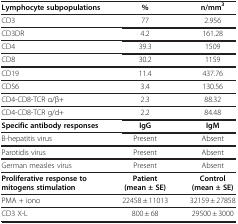
| Lymphocyte subpopulations | % | n/mm3 |
 | --- | --- | --- |
 | CD3 | 77 | 2.956 |
 | CD3DR | 4.2 | 161.28 |
 | CD4 | 39.3 | 1509 |
 | CD8 | 30.2 | 1159 |
 | CD19 | 11.4 | 437.76 |
 | CD56 | 3.4 | 130.56 |
 | CD4-CD8-TCR α/β+ | 2.3 | 88.32 |
 | CD4-CD8-TCR g/d+ | 2.2 | 84.48 |
 | Specific antibody responses | IgG | IgM |
 | B-hepatitis virus | Present | Absent |
 | Parotidis virus | Present | Absent |
 | German measles virus | Present | Absent |
 | Proliferative response to mitogens stimulation | Patient (mean ± SE) | Control (mean ± SE) |
 | PMA + iono | 22458 ± 11013 | 32159 ± 27858 |
 | CD3 X-L | 800 ± 68 | 29500 ± 3000 |